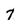
Character: 7